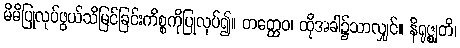
မိမိပြုလုပ်ဖွယ်သိမြင်ခြင်းကိစ္စကိုပြုလုပ်၍။ တတ္ထေဝ၊ ထိုအခါ၌သာလျှင်။ နိရုဇ္ဈတိ၊